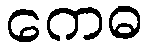
ကေဓ